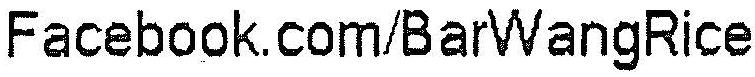
FACEBOOK.COM/BARWANGRICE